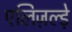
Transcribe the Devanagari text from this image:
एलिज़ल्ड़े